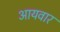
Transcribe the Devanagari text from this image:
आयवार